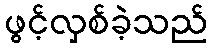
ဖွင့်လှစ်ခဲ့သည်